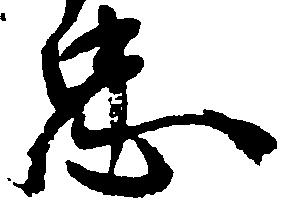
忠